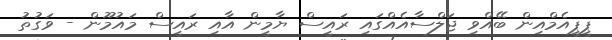
ޕީޕީއެމްއިން ބޭއްވި ޖަލްސާއެއްގައި ރައީސް ޔާމީން އާއި ރައީސް މައުމޫން - ވަގުތު